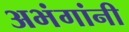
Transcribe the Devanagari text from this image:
अभंगांनी